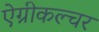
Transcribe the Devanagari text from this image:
ऐग्रीकल्चर